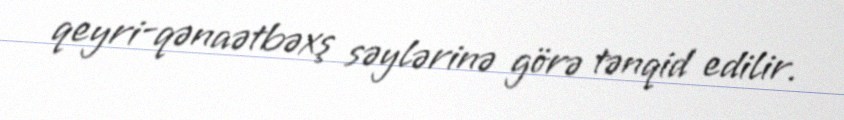
qeyri-qənaətbəxş səylərinə görə tənqid edilir.